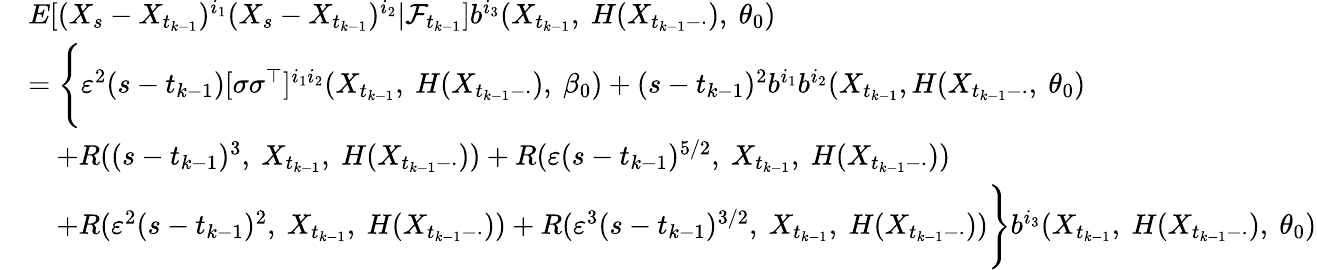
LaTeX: \begin{array}{rl}&{E[(X_{s}-X_{t_{k-1}})^{i_{1}}(X_{s}-X_{t_{k-1}})^{i_{2}}|\mathcal{F}_{t_{k-1}}]b^{i_{3}}(X_{t_{k-1}},~H(X_{t_{k-1}-\cdot}),~\theta_{0})}\\ &{=\Bigg\{ \varepsilon^{2}(s-t_{k-1})[\sigma\sigma^{\top}]^{i_{1}i_{2}}(X_{t_{k-1}},~H(X_{t_{k-1}-\cdot}),~\beta_{0})+(s-t_{k-1})^{2}b^{i_{1}}b^{i_{2}}(X_{t_{k-1}},H(X_{t_{k-1}-\cdot},~\theta_{0})}\\ &{\quad+R((s-t_{k-1})^{3},~X_{t_{k-1}},~H(X_{t_{k-1}-\cdot}))+R(\varepsilon(s-t_{k-1})^{5/2},~X_{t_{k-1}},~H(X_{t_{k-1}-\cdot}))}\\ &{\quad+R(\varepsilon^{2}(s-t_{k-1})^{2},~X_{t_{k-1}},~H(X_{t_{k-1}-\cdot}))+R(\varepsilon^{3}(s-t_{k-1})^{3/2},~X_{t_{k-1}},~H(X_{t_{k-1}-\cdot}))\Bigg\} b^{i_{3}}(X_{t_{k-1}},~H(X_{t_{k-1}-\cdot}),~\theta_{0})}\end{array}